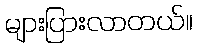
များပြားလာတယ်။